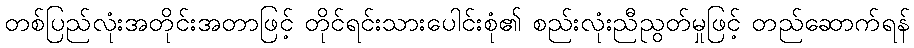
တစ်ပြည်လုံးအတိုင်းအတာဖြင့် တိုင်ရင်းသားပေါင်းစုံ၏ စည်းလုံးညီညွတ်မှုဖြင့် တည်ဆောက်ရန်